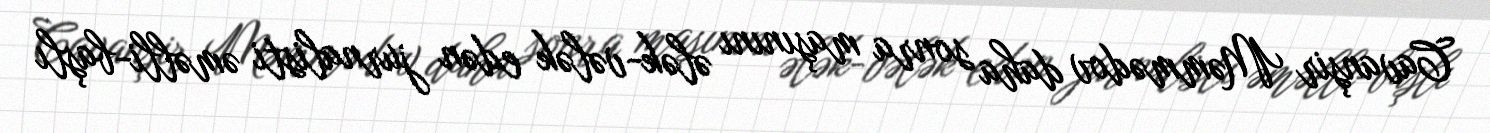
Cavanşir Məmmədov daha sonra maşınını ələk-vələk edən jurnalisti əməlli-başlı